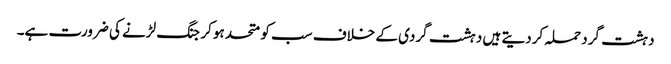
دہشت گرد حملہ کردیتے ہیں دہشت گردی کے خلاف سب کو متحد ہو کر جنگ لڑنے کی ضرورت ہے۔